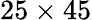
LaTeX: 25\times 45